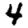
Digit: 4